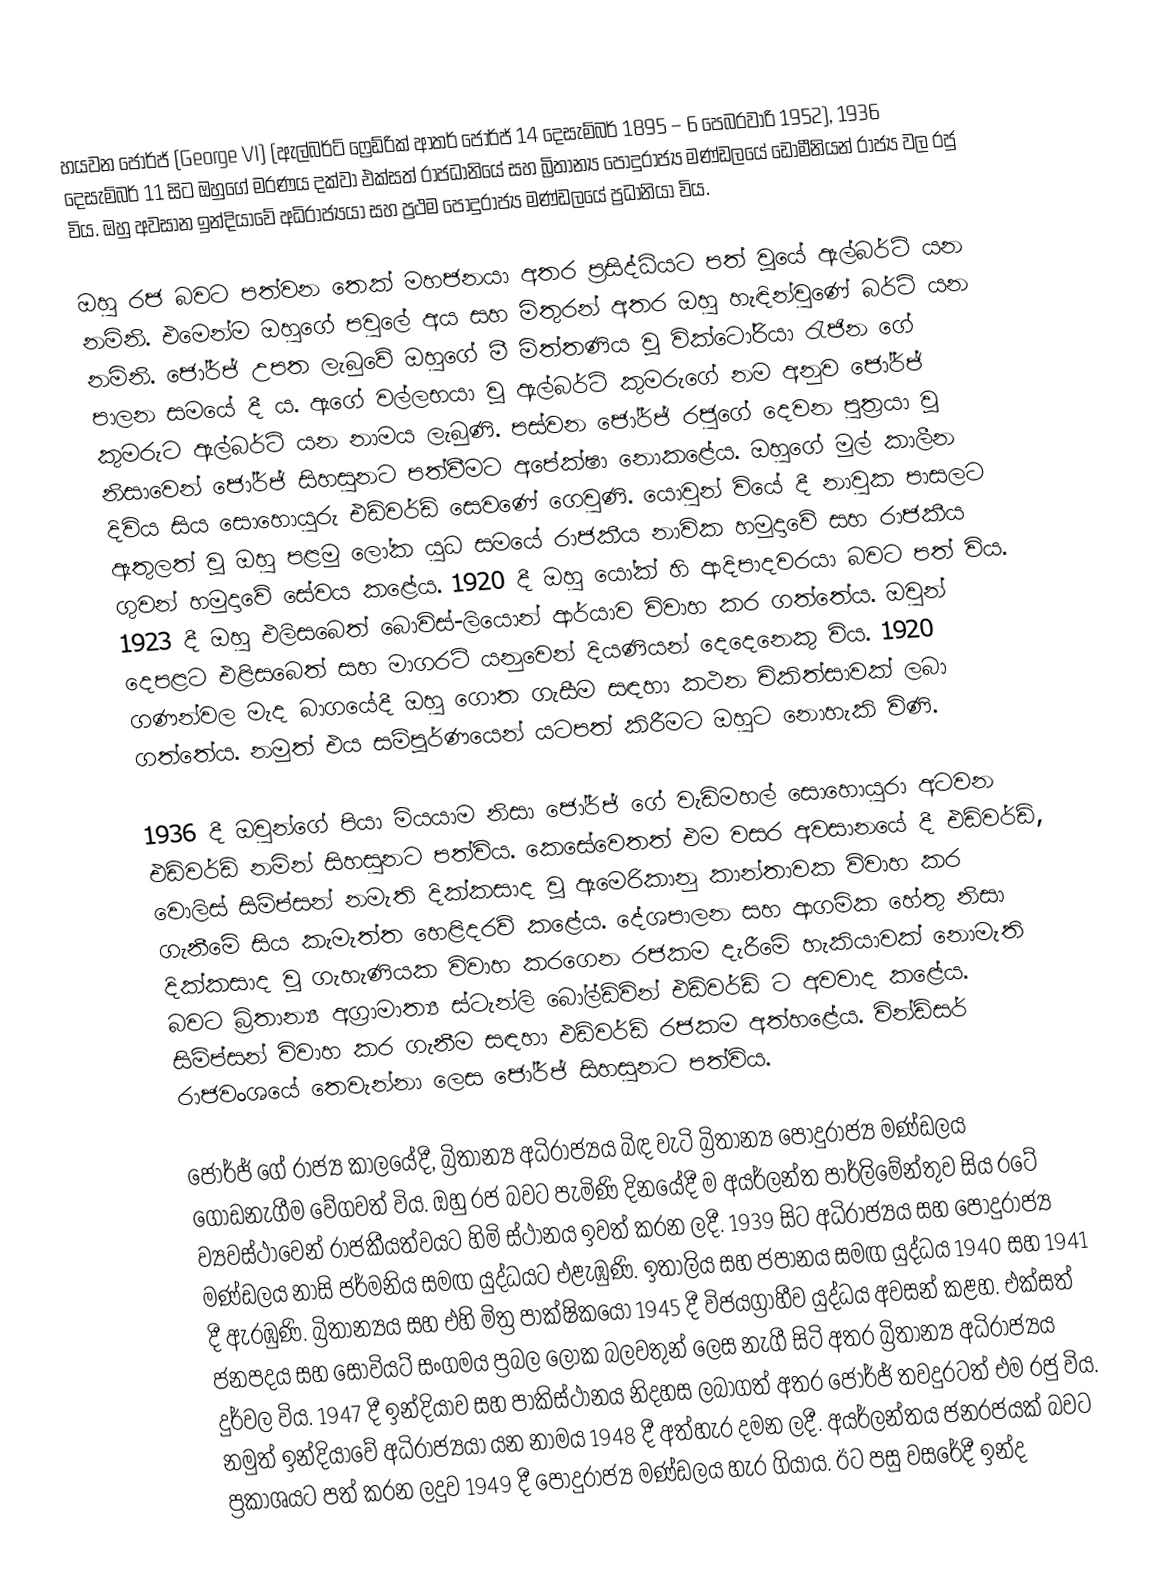
හයවන ජෝර්ජ් (George VI) (ඇල්බර්ට් ෆ්‍රෙඩ්රික් ආතර් ජෝර්ජ් 14 දෙසැම්බර් 1895 – 6 පෙබරවාරි 1952), 1936 දෙසැම්බර් 11 සිට ඔහුගේ මරණය දක්වා එක්සත් රාජධානියේ සහ බ්‍රිතාන්‍ය පොදුරාජ්‍ය මණ්ඩලයේ ඩොමීනියන් රාජ්‍ය වල රජු විය. ඔහු අවසාන ඉන්දියාවේ අධිරාජ්‍යයා සහ ප්‍රථම පොදුරාජ්‍ය මණ්ඩලයේ ප්‍රධානියා විය.

ඔහු රජ බවට පත්වන තෙක් මහජනයා අතර ප්‍රසිද්ධියට පත් වූයේ ඇල්බර්ට් යන නමිනි. එමෙන්ම ඔහුගේ පවුලේ අය සහ මිතුරන් අතර ඔහු හැඳින්වුණේ බර්ටි යන නමිනි. ජෝර්ජ් උපත ලැබුවේ ඔහුගේ මී මිත්තණිය වූ වික්ටෝරියා රැජින ගේ පාලන සමයේ දී ය. ඇගේ වල්ලභයා වූ ඇල්බර්ට් කුමරුගේ නම අනුව ජෝර්ජ් කුමරුට ඇල්බර්ට් යන නාමය ලැබුණි. පස්වන ජෝර්ජ් රජුගේ දෙවන පුත්‍රයා වූ නිසාවෙන් ජෝර්ජ් සිහසුනට පත්වීමට අපේක්ෂා නොකළේය. ඔහුගේ මුල් කාලීන දිවිය සිය සොහොයුරු එඩ්වර්ඩ් සෙවණේ ගෙවුණි. යොවුන් වියේ දී නාවුක පාසලට ඇතුලත් වූ ඔහු පළමු ලෝක යුධ සමයේ රාජකීය නාවික හමුදාවේ සහ රාජකීය ගුවන් හමුදාවේ සේවය කළේය. 1920 දී ඔහු යෝක් හි ආදිපාදවරයා බවට පත් විය. 1923 දී ඔහු එලිසබෙත් බොවිස්-ලියොන් ආර්යාව විවාහ කර ගත්තේය. ඔවුන් දෙපළට එළිසබෙත් සහ මාගරට් යනුවෙන් දියණියන් දෙදෙනෙකු විය. 1920 ගණන්වල මැද බාගයේදී ඔහු ගොත ගැසීම සඳහා කථන චිකිත්සාවක් ලබා ගත්තේය. නමුත් එය සම්පූර්ණයෙන් යටපත් කිරීමට ඔහුට නොහැකි විණි.

1936 දී ඔවුන්ගේ පියා මියයාම නිසා ජෝර්ජ් ගේ වැඩිමහල් සොහොයුරා අටවන එඩ්වර්ඩ් නමින් සිහසුනට පත්විය. කෙසේවෙතත් එම වසර අවසානයේ දී එඩ්වර්ඩ්, වොලිස් සිම්ප්සන් නමැති දික්කසාද වූ ඇමෙරිකානු කාන්තාවක විවාහ කර ගැනීමේ සිය කැමැත්ත හෙළිදරව් කළේය. දේශපාලන සහ ආගමික හේතු නිසා දික්කසාද වූ ගැහැණියක විවාහ කරගෙන රජකම දැරීමේ හැකියාවක් නොමැති බවට බ්‍රිතාන්‍ය අග්‍රාමාත්‍ය ස්ටැන්ලි බෝල්ඩ්වින් එඩ්වර්ඩ් ට අවවාද කළේය. සිම්ප්සන් විවාහ කර ගැනීම සඳහා එඩ්වර්ඩ් රජකම අත්හළේය. වින්ඩ්සර් රාජවංශයේ තෙවැන්නා ලෙස ජෝර්ජ් සිහසුනට පත්විය.

ජෝර්ජ් ගේ රාජ්‍ය කාලයේදී, බ්‍රිතාන්‍ය අධිරාජ්‍යය බිඳ වැටි බ්‍රිතාන්‍ය පොදුරාජ්‍ය මණ්ඩලය ගොඩනැගීම වේගවත් විය. ඔහු රජ බවට පැමිණි දිනයේදී ම අයර්ලන්ත පාර්ලිමේන්තුව සිය රටේ ව්‍යවස්ථාවෙන් රාජකීයත්වයට හිමි ස්ථානය ඉවත් කරන ලදී. 1939 සිට අධිරාජ්‍යය සහ පොදුරාජ්‍ය මණ්ඩලය නාසි ජර්මනිය සමඟ යුද්ධයට එළැඹුණි. ඉතාලිය සහ ජපානය සමඟ යුද්ධය 1940 සහ 1941 දී ඇරඹුණි. බ්‍රිතාන්‍යය සහ එහි මිත්‍ර පාක්ෂිකයෝ 1945 දී විජයග්‍රාහීව යුද්ධය අවසන් කළහ. එක්සත් ජනපදය සහ සෝවියට් සංගමය ප්‍රබල ලෝක බලවතුන් ලෙස නැගී සිටි අතර බ්‍රිතාන්‍ය අධිරාජ්‍යය දුර්වල විය. 1947 දී ඉන්දියාව සහ පාකිස්ථානය නිදහස ලබාගත් අතර ජෝර්ජ් තවදුරටත් එම රජු විය. නමුත් ඉන්දියාවේ අධිරාජ්‍යයා යන නාමය 1948 දී අත්හැර දමන ලදී. අයර්ලන්තය ජනරජයක් බවට ප්‍රකාශයට පත් කරන ලදුව 1949 දී පොදුරාජ්‍ය මණ්ඩලය හැර ගියාය. ඊට පසු වසරේදී ඉන්ද